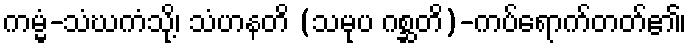
ကမ္မံ-သံဃကံသို့၊ သံဟနတိ (သမုပ ဂစ္ဆတိ)-ကပ်ရောက်တတ်၏၊